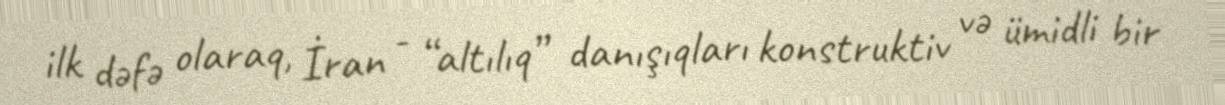
ilk dəfə olaraq, İran - “altılıq” danışıqları konstruktiv və ümidli bir